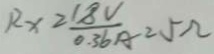
R _ { x } = \frac { 1 8 V } { 0 . 3 6 A } = 5 \Omega